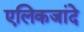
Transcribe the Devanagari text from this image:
एलिकजांदे